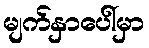
မျက်နှာပေါ်မှာ